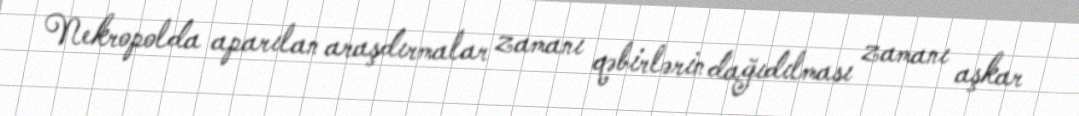
Nekropolda aparılan araşdırmalar zamanı qəbirlərin dağıdılması zamanı aşkar